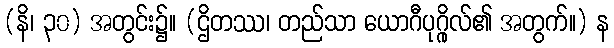
(နိ၊ ၃၀) အတွင်း၌။ (ဌိတဿ၊ တည်သာ ယောဂီပုဂ္ဂိုလ်၏ အတွက်။) န